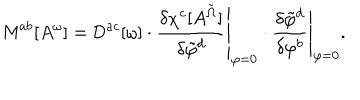
{ \sf M } ^ { a b } [ A ^ { \omega } ] = { \sf D } ^ { a c } [ \omega ] \cdot \left. \frac { \delta \chi ^ { c } [ A ^ { \tilde { \Omega } } ] } { \delta \tilde { \varphi } ^ { d } } \right| _ { \varphi = 0 } \cdot \left. \frac { \delta \tilde { \varphi } ^ { d } } { \delta \varphi ^ { b } } \right| _ { \varphi = 0 } .